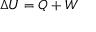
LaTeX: \Delta U = Q + W